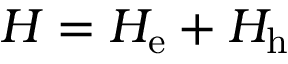
H = H _ { \mathrm { e } } + H _ { \mathrm { h } }